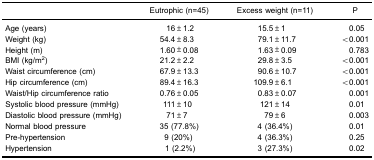
<table><thead><tr><td></td><td><b>Eutrophic (n=45)</b></td><td><b>Excess weight (n=11)</b></td><td><b>P</b></td></tr></thead><tbody><tr><td>Age (years)</td><td>16±1.2</td><td>15.5±1</td><td>0.05</td></tr><tr><td>Weight (kg)</td><td>54.4±8.3</td><td>79.1±11.7</td><td>&lt;0.001</td></tr><tr><td>Height (m)</td><td>1.60±0.08</td><td>1.63±0.09</td><td>0.783</td></tr><tr><td>BMI (kg/m<sup>2</sup>)</td><td>21.2±2.2</td><td>29.8±3.5</td><td>&lt;0.001</td></tr><tr><td>Waist circumference (cm)</td><td>67.9±13.3</td><td>90.6±10.7</td><td>&lt;0.001</td></tr><tr><td>Hip circumference (cm)</td><td>89.4±16.3</td><td>109.9±6.1</td><td>&lt;0.001</td></tr><tr><td>Waist/Hip circumference ratio</td><td>0.76±0.05</td><td>0.83±0.07</td><td>0.001</td></tr><tr><td>Systolic blood pressure (mmHg)</td><td>111±10</td><td>121±14</td><td>0.01</td></tr><tr><td>Diastolic blood pressure (mmHg)</td><td>71±7</td><td>79±6</td><td>0.003</td></tr><tr><td>Normal blood pressure</td><td>35 (77.8%)</td><td>4 (36.4%)</td><td>0.01</td></tr><tr><td>Pre-hypertension</td><td>9 (20%)</td><td>4 (36.3%)</td><td>0.25</td></tr><tr><td>Hypertension</td><td>1 (2.2%)</td><td>3 (27.3%)</td><td>0.02</td></tr></tbody></table>